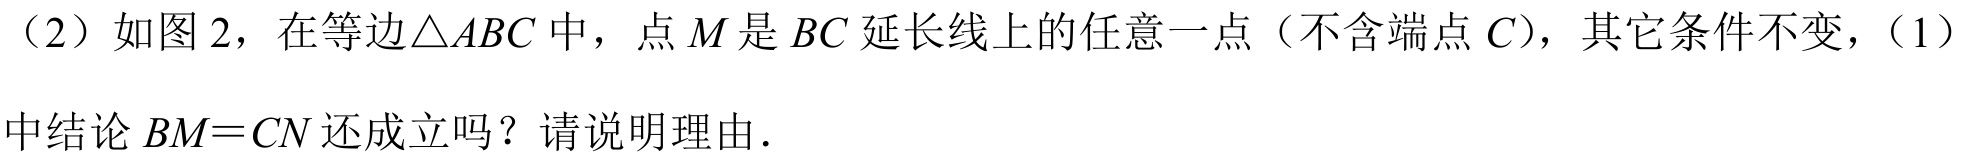
（2）如图 2，在等边\(\triangle ABC\)中，点\(M\)是\(BC\)延长线上的任意一点（不含端点\(C\)），其它条件不变，（1）中结论\(BM = CN\)还成立吗？请说明理由.